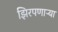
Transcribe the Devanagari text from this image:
झिरपणाऱ्या